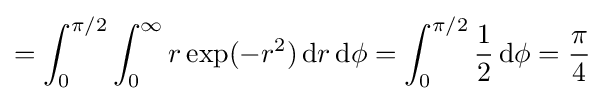
=\int _{0}^{\pi /2}\int _{0}^{\infty }r\exp(-r^{2})\,\mathrm {d} r\,\mathrm {d} \phi =\int _{0}^{\pi /2}{\frac {1}{2}}\,\mathrm {d} \phi ={\frac {\pi }{4}}